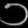
Digit: ၁